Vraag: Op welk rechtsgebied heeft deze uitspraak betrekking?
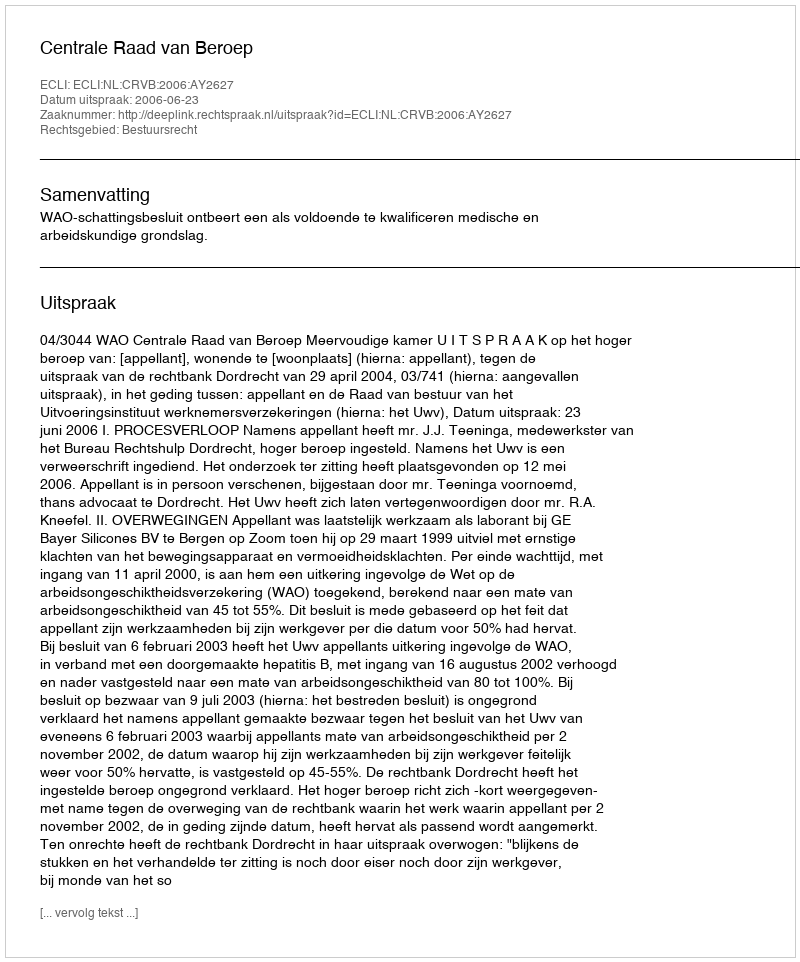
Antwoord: Bestuursrecht